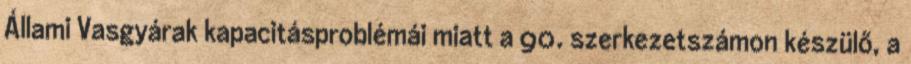
Állami Vasgyárak kapacitásproblémái miatt a 90. szerkezetszámon készülő, a